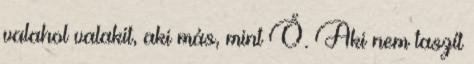
valahol valakit, aki más, mint Ő. Aki nem taszít